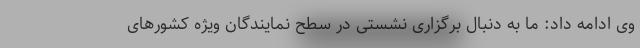
وی ادامه داد: ما به دنبال برگزاری نشستی در سطح نمایندگان ویژه کشورهای